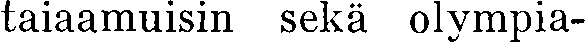
taiaamuisin sekä olympia-